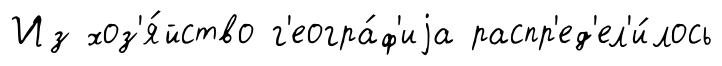
Из хоз'я́йство г'еогра́ф'иjа распр'ед'ел'и́лось